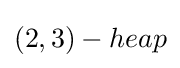
(2,3)-heap